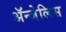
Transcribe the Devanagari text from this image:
ॲन्जेलिस